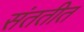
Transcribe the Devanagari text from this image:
संततीत